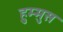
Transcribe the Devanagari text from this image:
हुम्मुस